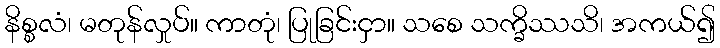
နိစ္စလံ၊ မတုန်လှုပ်။ ကာတုံ၊ ပြုခြင်းငှာ။ သစေ သက္ခိဿသိ၊ အကယ်၍